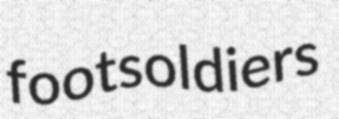
footsoldiers